Report of the Indian Hemp Drugs Commission, 1894-1895 - Volume VII
Year: 1894
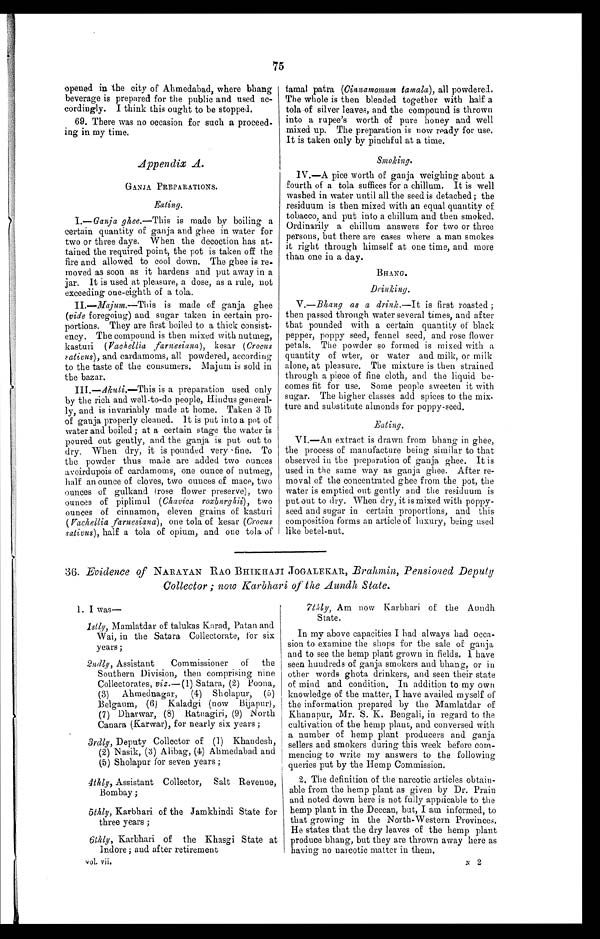
75
opened in the city of Ahmedabad, where bhang
beverage is prepared for the public and used ac-
cordingly. I think this ought to be stopped.
69. There was no occasion for such a proceed--
ing in my time.
Appendix A.
GANJA PREPARATIONS.
Eating.
I.—Ganja ghee.—This is made by boiling a
certain quantity of ganja and ghee in water for
two or three days. When the decoction has at-
- t a i n e d t h e r e q u i r e d p o i n t , t h e p o t i s t a k e n o f f t h e
fire and allowed to cool down. The ghee is re--
moved as soon as it hardens and put away in a
j ar. It is used at pleasure, a dose, as a rule, not
exceeding one-eighth of a tola.
II
.—Majum.—This is made of ganja ghee
(vide foregoing) and sugar taken in certain pro-
portions. They are first boiled to a thick consist- -
ency. The compound is then mixed with nutmeg,
kasturi (Vachellia ,farnesiana), kesar ( Crocus
sativus ), and cardamoms, all powdered, according
to the taste of the consumers. .Majum is sold in
the bazar.
III.— Akuti .—This is a preparation used only
by the rich and well-to-do people, Hindus general- -
ly, and is invariably made at home. Taken 3 Њ
of ganja properly cleaned. It is put into a pot of
water and boiled ; at a certain stage the water is
poured out gently, and the ganja is put out to
dry. When dry, it is pounded very 'fine. To
the powder thus made are added two ounces
avoirdupois of cardamoms, one ounce of nutmeg,
half an ounce of cloves, two ounces of mace, two
ounces of gulkand (rose flower preserve), two
ounces of piplimul (Chavica roxburghii), two
ounces of cinnamon, eleven grains of kasturi
(Vachellia farnesiana), one tola of kesar (Crocus
sativus), half a tola of opium, and one tola of
tamal patra (Cinnamomum tamala), all powdered.
The whole is then blended together with half a
tola of silver leaves, and the compound is thrown
into a rupee's worth of pure honey and well
mixed up. The preparation is now ready for use.
It is taken only by pinchful at a time.
Smoking.
IV.—A pice worth of ganja weighing about a
fourth of a tola suffices for a chillum. It is well
washed in water until all the seed is detached; the
residuum is then mixed with an equal quantity of
tobacco, and put into a chillum and then smoked.
Ordinarily a chillum answers for two or three
persons, but there are cases where a man smokes
it right through himself at one time, and more
than one in a day.
BHANG.
Drinking.
V.—Bhang as a drink .—It is first roasted ;
then passed through water several times, and after
that pounded with a certain quantity of black
pepper, poppy seed, fennel seed, and rose flower
petals. The powder so formed is mixed with a
quantity of wter, or water and milk, or milk
alone, at pleasure. The mixture is then strained
through a piece of fine cloth, and the liquid be-
- c o m e s f i t f o r u s e . S o m e p e o p l e s w e e t e n i t w i t h
sugar. The higher classes add spices to the mix-
- t u r e a n d s u b s t i t u t e a l m o n d s f o r p o p p y - s e e d .
Eating.
VI.—An extract is drawn from bhang in ghee,
the process of manufacture being similar to that
observed in the preparation of ganja ghee. It is
used in the same way as ganja ghee. After re-
moval of the concentrated ghee from the pot, the
water is emptied out gently and the residuum is
put out to dry. When dry, it is mixed with poppy-
seed and sugar in certain proportions, and this
composition forms an article of luxury, being used
like betel-nut.
36. Evidence of NARAYAN RAO BHIKHAJ1 JOGALEKAR, Brahmin, Pensioned Deputy
Collector ; now Karbhari of the Aundh Stale.
1 . I w a s —
1 s t l y , M a m l a t d a r o f t a l u k a s K a r a d , P a t a n a n d
Wai, in the Satara Collectorate, for six
years;
2ndly , Assistant Commissioner of the
Southern Division, then comprising nine
Collectorates, viz.— (1) Satara, (2) Poona,
(3) Ahmednagar, (4) Sholapur, (5)
Belgaum, (6) Kaladgi (now Bijapur),
(7) Dharwar, (8) Ratnagiri, (9) North
Canara (Karwar), for nearly six years ;
3rdly, Deputy Collector of (1) Khandesh,
(2) Nasik, (3) Alibag, (4) Ahmedabad and
(5) Sholapur for seven years ;
4thly, Assistant Collector, Salt Revenue,
Bombay ;
5thly, Karbhari of the Jamkhindi State for
three years ;
6thly, Karbhari of the Khasgi State at
Indore; and after retirement
vol. vii.
7thly, Am now Karbhari of the Aundh
State.
In my above capacities I had always had occa-
- s i o n t o e x a m i n e t h e s h o p s f o r t h e s a l e o f g a n j a
and to see the hemp plant grown in fields. I have
seen hundreds of ganja smokers and bhang, or in
other words ghota drinkers, and seen their state
of mind and condition. In addition to my own
knowledge of the matter, I have availed myself of
the information prepared by the Mamlatdar of
Khanapur, Mr. S. K. Bengali, in regard to the
cultivation of the hemp plant, and conversed with
a number of hemp plant producers and ganja
sellers and smokers during this week before com-
mencing to write my answers to the following
queries put by the Hemp Commission.
2. The definition of the narcotic articles obtain- -
able from the hemp plant as given by Dr. Prain
and noted down here is not fully applicable to the
hemp plant in the Deccan, but, I am informed, to
that growing in the North-Western Provinces.
He states that the dry leaves of the hemp plant
produce bhang, but they are thrown away here as
having no narcotic matter in them.